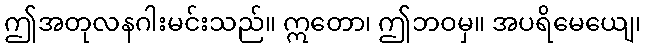
ဤအတုလနဂါးမင်းသည်။ ဣတော၊ ဤဘဝမှ။ အပရိမေယျေ၊